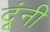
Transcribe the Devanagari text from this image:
दूंनी